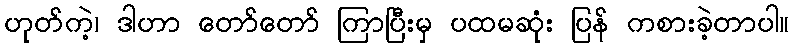
ဟုတ်ကဲ့၊ ဒါဟာ တော်တော် ကြာပြီးမှ ပထမဆုံး ပြန် ကစားခဲ့တာပါ။